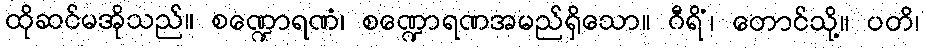
ထိုဆင်မအိုသည်။ စဏ္ဍောရဏံ၊ စဏ္ဍောရဏအမည်ရှိသော။ ဂီရိံ၊ တောင်သို့။ ပတိ၊